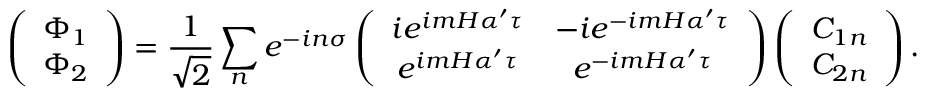
\left( \begin{array} { c } { { \Phi _ { 1 } } } \\ { { \Phi _ { 2 } } } \end{array} \right) = \frac { 1 } { \sqrt { 2 } } \sum _ { n } e ^ { - i n \sigma } \left( \begin{array} { c c } { { i e ^ { i m H \alpha ^ { \prime } \tau } } } & { { - i e ^ { - i m H \alpha ^ { \prime } \tau } } } \\ { { e ^ { i m H \alpha ^ { \prime } \tau } } } & { { e ^ { - i m H \alpha ^ { \prime } \tau } } } \end{array} \right) \left( \begin{array} { c } { { C _ { 1 n } } } \\ { { C _ { 2 n } } } \end{array} \right) .